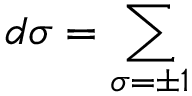
d \sigma = \sum _ { \sigma = \pm 1 }